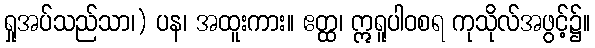
ရှုအပ်သည်သာ၊) ပန၊ အထူးကား။ ဧတ္ထ၊ ဣရူပါဝစရ ကုသိုလ်အဖွင့်၌။